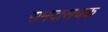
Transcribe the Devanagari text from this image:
रामदासचक